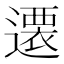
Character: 𨗢